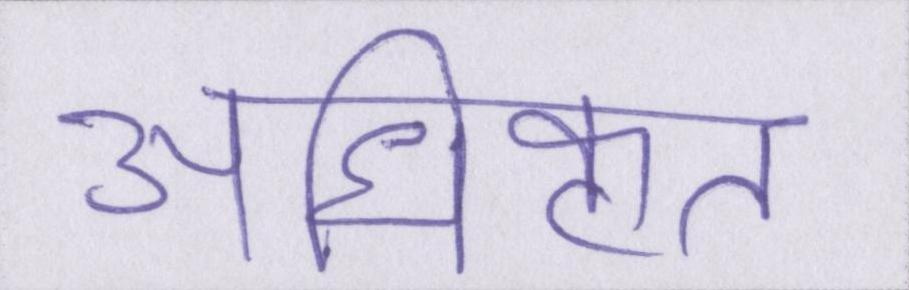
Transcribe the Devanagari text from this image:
अधिकृत